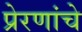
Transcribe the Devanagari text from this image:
प्रेरणांचे